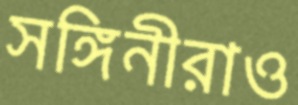
সঙ্গিনীরাও